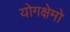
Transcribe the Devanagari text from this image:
योगक्षेमो